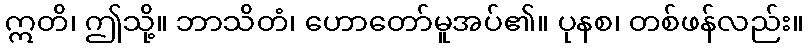
ဣတိ၊ ဤသို့။ ဘာသိတံ၊ ဟောတော်မူအပ်၏။ ပုနစ၊ တစ်ဖန်လည်း။